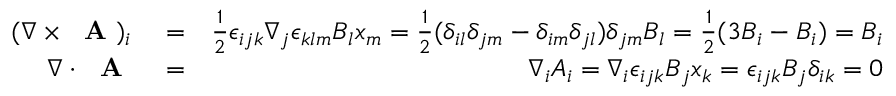
\begin{array} { r l r } { ( \nabla \times \mathrm { ~ \bf ~ A ~ } ) _ { i } } & { { } = } & { \frac { 1 } { 2 } \epsilon _ { i j k } \nabla _ { j } \epsilon _ { k l m } B _ { l } x _ { m } = \frac { 1 } { 2 } ( \delta _ { i l } \delta _ { j m } - \delta _ { i m } \delta _ { j l } ) \delta _ { j m } B _ { l } = \frac { 1 } { 2 } ( 3 B _ { i } - B _ { i } ) = B _ { i } } \\ { \nabla \cdot \mathrm { ~ \bf ~ A ~ } } & { { } = } & { \nabla _ { i } A _ { i } = \nabla _ { i } \epsilon _ { i j k } B _ { j } x _ { k } = \epsilon _ { i j k } B _ { j } \delta _ { i k } = 0 } \end{array}